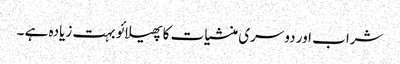
شراب اور دوسری منشیات کا پھیلائو بہت زیادہ ہے ۔